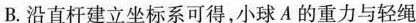
B.沿直杆建立坐标系可得，小球A的重力与轻绳